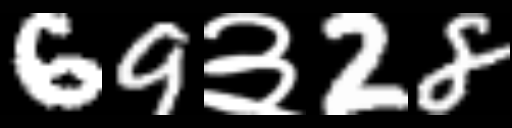
Text: 69३28